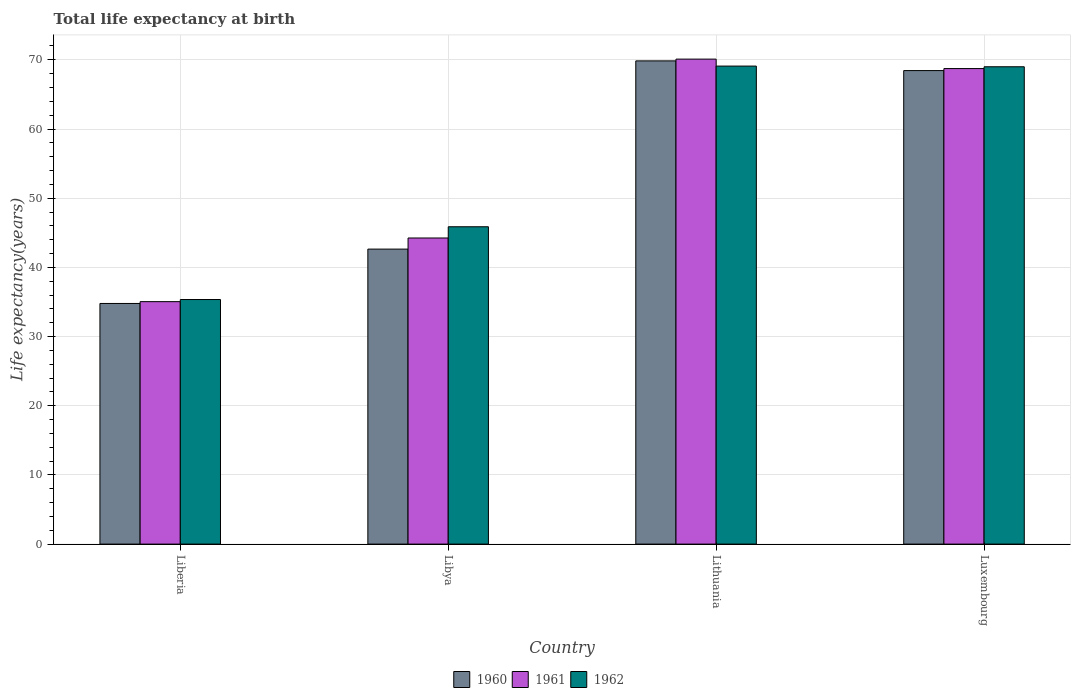
| Country | 1960 | 1961 | 1962 |
 | --- | --- | --- | --- |
 | Liberia | 34.8 | 35 | 35.4 |
 | Libya | 42.6 | 44.2 | 45.9 |
 | Lithuania | 69.8 | 70.1 | 69.1 |
 | Luxembourg | 68.4 | 68.7 | 69 |